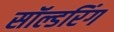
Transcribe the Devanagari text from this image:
सॉल्डरिंग